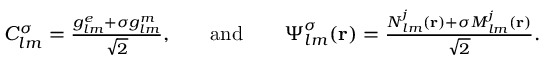
\begin{array} { r l r l r } { C _ { l m } ^ { \sigma } = \frac { { g _ { l m } ^ { e } + \sigma g _ { l m } ^ { m } } } { \sqrt { 2 } } , } & { } & { \mathrm { a n d } } & { } & { \boldsymbol { \Psi } _ { l m } ^ { \sigma } ( { \bf r } ) = \frac { { \boldsymbol { N } } _ { l m } ^ { j } ( { \bf r } ) + \sigma { \boldsymbol { M } } _ { l m } ^ { j } ( { \bf r } ) } { \sqrt { 2 } } . } \end{array}